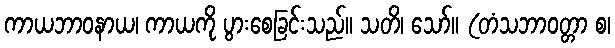
ကာယဘာဝနာယ၊ ကာယကို ပွားစေခြင်းသည်။ သတိ၊ သော်။ (တံသဘာဝတ္တာ စ၊